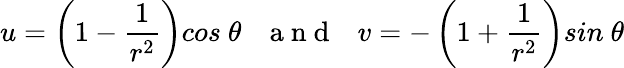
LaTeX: u=\left(1-\frac{1}{r^{2}}\right)cos\ \theta\ \ \ \mathrm{~a~n~d~}\ \ \ v=-\left(1+\frac{1}{r^{2}}\right)sin\ \theta